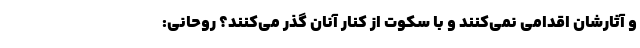
و آثارشان اقدامی نمی‌کنند و با سکوت از کنار آنان گذر می‌کنند؟ روحانی: